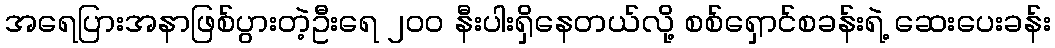
အရေပြားအနာဖြစ်ပွားတဲ့ဦးရေ ၂၀၀ နီးပါးရှိနေတယ်လို့ စစ်ရှောင်စခန်းရဲ့ ဆေးပေးခန်း